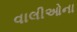
વાલીઓના